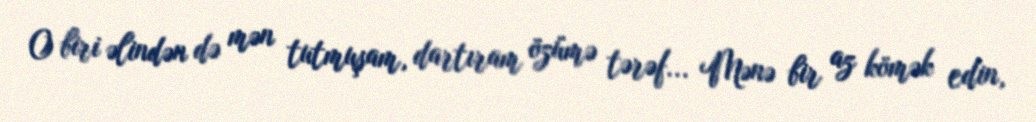
O biri əlindən də mən tutmuşam, dartıram özümə tərəf... Mənə bir az kömək edin,